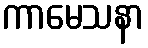
ကာမေသနာ